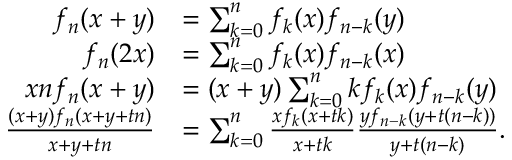
{ \begin{array} { r l } { f _ { n } ( x + y ) } & { = \sum _ { k = 0 } ^ { n } f _ { k } ( x ) f _ { n - k } ( y ) } \\ { f _ { n } ( 2 x ) } & { = \sum _ { k = 0 } ^ { n } f _ { k } ( x ) f _ { n - k } ( x ) } \\ { x n f _ { n } ( x + y ) } & { = ( x + y ) \sum _ { k = 0 } ^ { n } k f _ { k } ( x ) f _ { n - k } ( y ) } \\ { { \frac { ( x + y ) f _ { n } ( x + y + t n ) } { x + y + t n } } } & { = \sum _ { k = 0 } ^ { n } { \frac { x f _ { k } ( x + t k ) } { x + t k } } { \frac { y f _ { n - k } ( y + t ( n - k ) ) } { y + t ( n - k ) } } . } \end{array} }